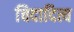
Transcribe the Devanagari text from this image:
चिदादित्य